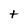
Character: t